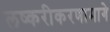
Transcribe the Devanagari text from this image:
लष्करीकरणामागे